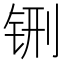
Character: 铏